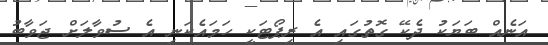
އަނެއް ބަޔަކު ދެކޭ ގޮތުގައި އެ ރިޕޯޓަކީ ހަމައެކަނި އެ ސުވާލަށް ޖަވާބު